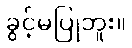
ခွင့်မပြုဘူး။